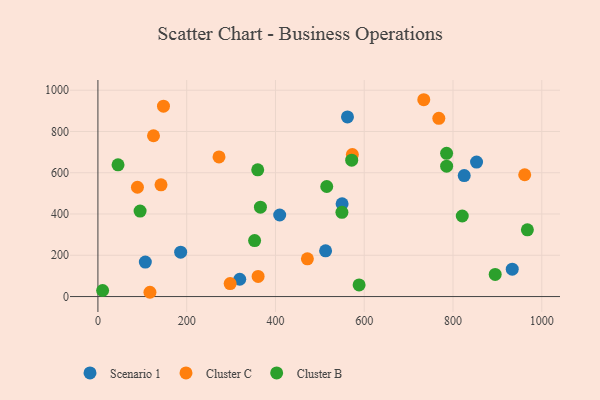
{"axis": {"x": "Study Hours", "y": "Sales"}, "legend": ["Cluster B", "Cluster C", "Scenario 1"], "data": [{"x": "319.5", "y": 83.9, "type": "Scenario 1"}, {"x": "106.8", "y": 167.2, "type": "Scenario 1"}, {"x": "825.2", "y": 586.2, "type": "Scenario 1"}, {"x": "409.5", "y": 395.1, "type": "Scenario 1"}, {"x": "550.1", "y": 449.2, "type": "Scenario 1"}, {"x": "512.9", "y": 221.5, "type": "Scenario 1"}, {"x": "933.4", "y": 132.7, "type": "Scenario 1"}, {"x": "853.0", "y": 651.9, "type": "Scenario 1"}, {"x": "186.4", "y": 215.2, "type": "Scenario 1"}, {"x": "562.2", "y": 870.5, "type": "Scenario 1"}, {"x": "961.5", "y": 590.2, "type": "Cluster C"}, {"x": "573.2", "y": 688.4, "type": "Cluster C"}, {"x": "272.8", "y": 676.6, "type": "Cluster C"}, {"x": "360.9", "y": 97.7, "type": "Cluster C"}, {"x": "89.0", "y": 529.7, "type": "Cluster C"}, {"x": "471.9", "y": 182.9, "type": "Cluster C"}, {"x": "734.1", "y": 953.9, "type": "Cluster C"}, {"x": "142.1", "y": 541.3, "type": "Cluster C"}, {"x": "297.9", "y": 62.9, "type": "Cluster C"}, {"x": "125.2", "y": 779.3, "type": "Cluster C"}, {"x": "117.2", "y": 20.7, "type": "Cluster C"}, {"x": "147.7", "y": 922.7, "type": "Cluster C"}, {"x": "768.0", "y": 863.9, "type": "Cluster C"}, {"x": "549.7", "y": 408.4, "type": "Cluster B"}, {"x": "360.0", "y": 614.1, "type": "Cluster B"}, {"x": "785.6", "y": 631.9, "type": "Cluster B"}, {"x": "95.0", "y": 414.0, "type": "Cluster B"}, {"x": "45.3", "y": 638.5, "type": "Cluster B"}, {"x": "967.5", "y": 323.6, "type": "Cluster B"}, {"x": "366.1", "y": 433.0, "type": "Cluster B"}, {"x": "10.6", "y": 29.3, "type": "Cluster B"}, {"x": "353.0", "y": 271.4, "type": "Cluster B"}, {"x": "588.4", "y": 56.1, "type": "Cluster B"}, {"x": "820.8", "y": 390.3, "type": "Cluster B"}, {"x": "785.5", "y": 694.3, "type": "Cluster B"}, {"x": "515.5", "y": 533.4, "type": "Cluster B"}, {"x": "571.7", "y": 660.9, "type": "Cluster B"}, {"x": "895.0", "y": 107.3, "type": "Cluster B"}]}